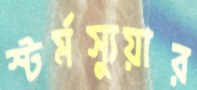
স্টর্মস্যুয়ার